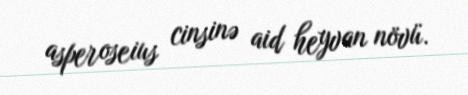
asperoseius cinsinə aid heyvan növü.